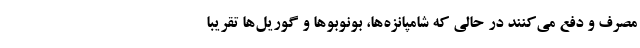
مصرف و دفع می‌کنند در حالی که شامپانزه‌ها، بونوبوها و گوریل‌ها تقریبا